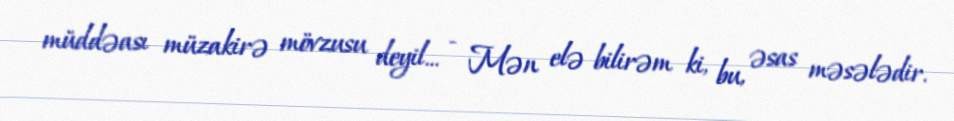
müddəası müzakirə mövzusu deyil... - Mən elə bilirəm ki, bu, əsas məsələdir.